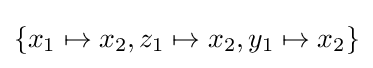
\{x_{1}\mapsto x_{2},z_{1}\mapsto x_{2},y_{1}\mapsto x_{2}\}